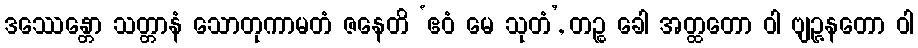
ဒဿေန္တော သတ္တာနံ သောတုကာမတံ ဇနေတိ ‘ဧဝံ မေ သုတံ’, တဉ္စ ခေါ အတ္ထတော ဝါ ဗျဉ္ဇနတော ဝါ